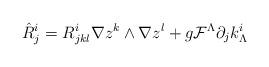
LaTeX: \begin{align*}\hat R^i_j= R_{jkl}^i \nabla z^k \wedge \nabla z^l + g{\cal F}^\Lambda \partial_j k^i_\Lambda\end{align*}